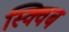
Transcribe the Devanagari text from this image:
स्क्विब